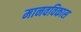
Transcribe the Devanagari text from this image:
मानवविकास